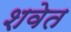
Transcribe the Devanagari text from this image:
शवेत